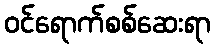
ဝင်ရောက်စစ်ဆေးရာ